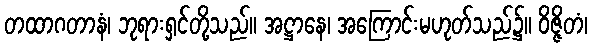
တထာဂတာနံ၊ ဘုရားရှင်တို့သည်။ အဋ္ဌာနေ၊ အကြောင်းမဟုတ်သည်၌။ ဝိဇ္ဇိတံ၊